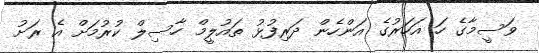
ވަސީމާގެ ހަ އަހަރުގެ އަންހެން ދަރިފުޅު ތައުލީމް ހާސިލް ކުރުމަށް އެ ރަށު